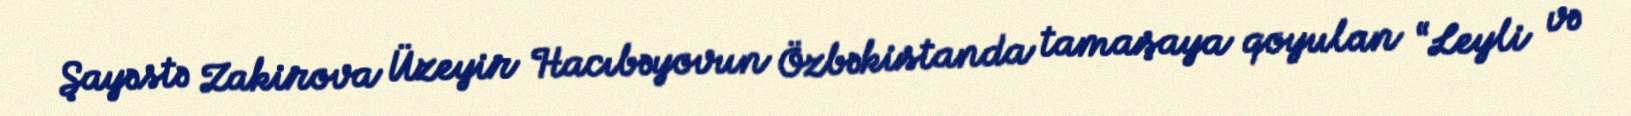
Şayəstə Zakirova Üzeyir Hacıbəyovun Özbəkistanda tamaşaya qoyulan “Leyli və